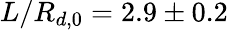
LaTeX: L/R_{d,0}=2.9\pm 0.2